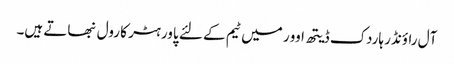
آل راؤنڈر ہاردک ڈیتھ اوور میں ٹیم کے لئے پاور ہٹر کا رول نبھاتے ہیں۔